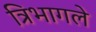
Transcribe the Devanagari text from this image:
त्रिभागले